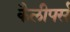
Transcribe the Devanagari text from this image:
कैलीपर्स